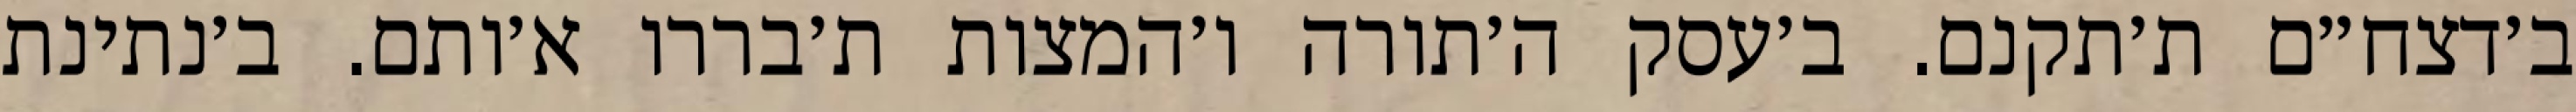
ב׳דצח״ם ת׳תקנם. ב׳עסק ה׳תורה ו׳המצות ת׳בררו א׳ותם. ב׳נתינת